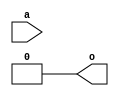
module AL_MAP_LUT1 (
	output o,
	input a
);
	parameter [1:0] INIT = 2'h0;
	parameter EQN = "(A)";
	assign o = a ? INIT[1] : INIT[0];	
endmodule